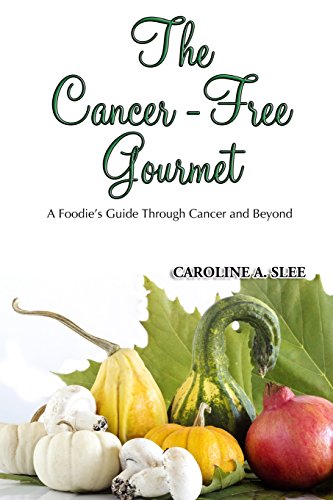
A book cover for The Cancer-Free Gourmet: A Foodie's Guide Through Cancer and Beyond; Caroline A Slee; Cookbooks, Food & Wine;